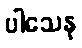
ပါသေန